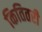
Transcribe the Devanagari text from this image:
कितितरी